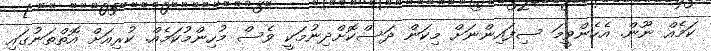
ކަމެއް ނޫން. އެހެންވީމަ ސިފައިންނަށް މިކަން ދަސްކޮށްދިނުމަކީ ވެސް މުހިންމުކަމެއް. ކުރިއަށް އޮތްތަނުގައި